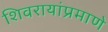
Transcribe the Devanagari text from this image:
शिवरायांप्रमाणे